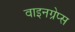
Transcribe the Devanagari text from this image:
वाइनग्रेप्स